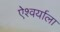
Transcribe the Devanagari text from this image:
ऐश्वर्याला